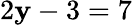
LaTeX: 2\mathbf{y}-3=7